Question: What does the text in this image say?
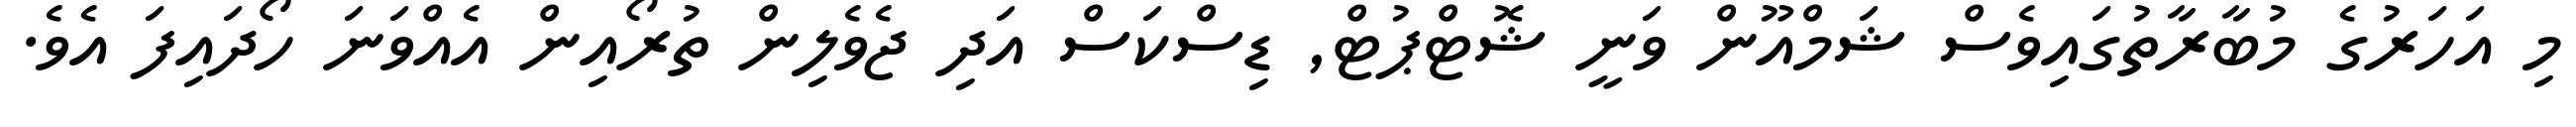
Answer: މި އަހަރުގެ މުބާރާތުގައިވެސް ޝަމްއޫން ވަނީ ޝޮޓްޕުޓް, ޑިސްކަސް އަދި ޖެވެލިން ތުރޯއިން އެއްވަނަ ހޯދައިފަ އެވެ.